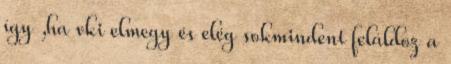
így ,ha vki elmegy és elég sokmindent feláldoz a